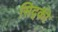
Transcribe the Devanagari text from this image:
सिद्की